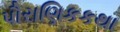
પૌરાણિકકથા